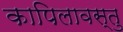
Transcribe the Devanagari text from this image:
कापिलावस्तु